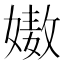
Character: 𡠯